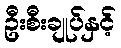
ဦးစီးချုပ်နှင့်